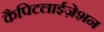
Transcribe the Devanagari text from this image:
कैपिटलाईज़ेशन